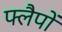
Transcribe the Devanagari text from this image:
फ्लैपों